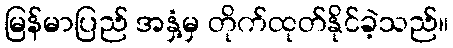
မြန်မာပြည် အနှံ့မှ တိုက်ထုတ်နိုင်ခဲ့သည်။